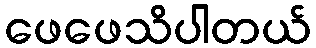
ဖေဖေသိပါတယ်